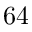
6 4